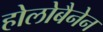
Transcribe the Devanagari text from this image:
होलोबैनेन